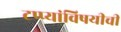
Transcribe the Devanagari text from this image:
टप्प्यांविषयीची